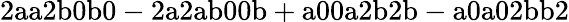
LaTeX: \mathrm{2aa2b0b0-2a2ab00b+a00a2b2b-a0a02bb2}